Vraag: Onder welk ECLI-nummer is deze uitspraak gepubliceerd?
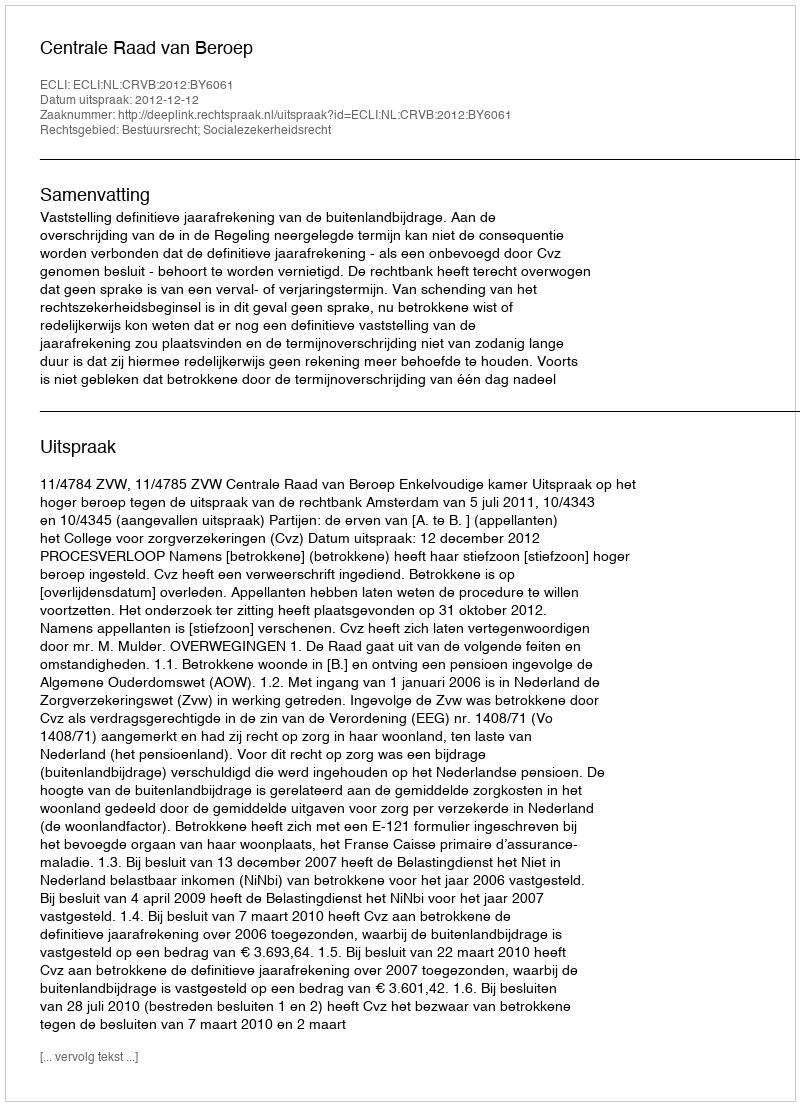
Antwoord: ECLI:NL:CRVB:2012:BY6061